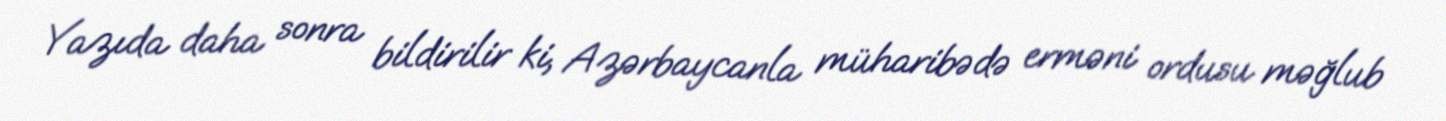
Yazıda daha sonra bildirilir ki, Azərbaycanla müharibədə erməni ordusu məğlub